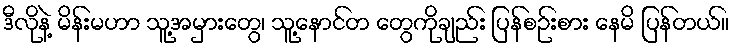
ဒီလိုနဲ့ မိန်းမဟာ သူ့အမှားတွေ၊ သူ့နောင်တ တွေကိုချည်း ပြန်စဉ်းစား နေမိ ပြန်တယ်။